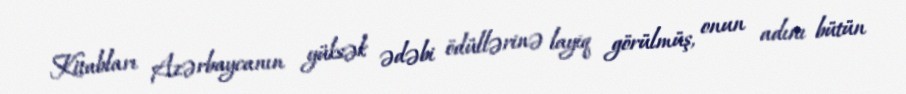
Kitabları Azərbaycanın yüksək ədəbi ödüllərinə layiq görülmüş, onun adını bütün